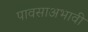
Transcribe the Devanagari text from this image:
पावसाअभावी